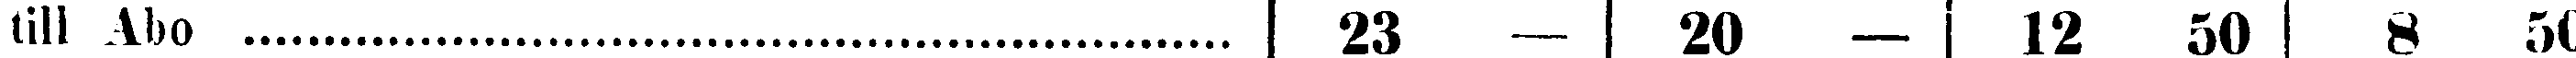
till Abo | 23 - | 20 - | 12 50 | 8 50